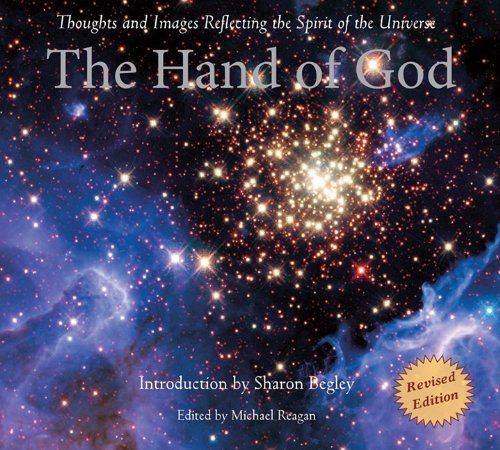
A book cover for The Hand of God: Thoughts and Images Reflecting the Spirit of the Universe; Michael Reagan; Arts & Photography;